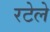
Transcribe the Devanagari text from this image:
रटेले